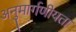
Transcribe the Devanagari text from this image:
अनुमार्गणीयता